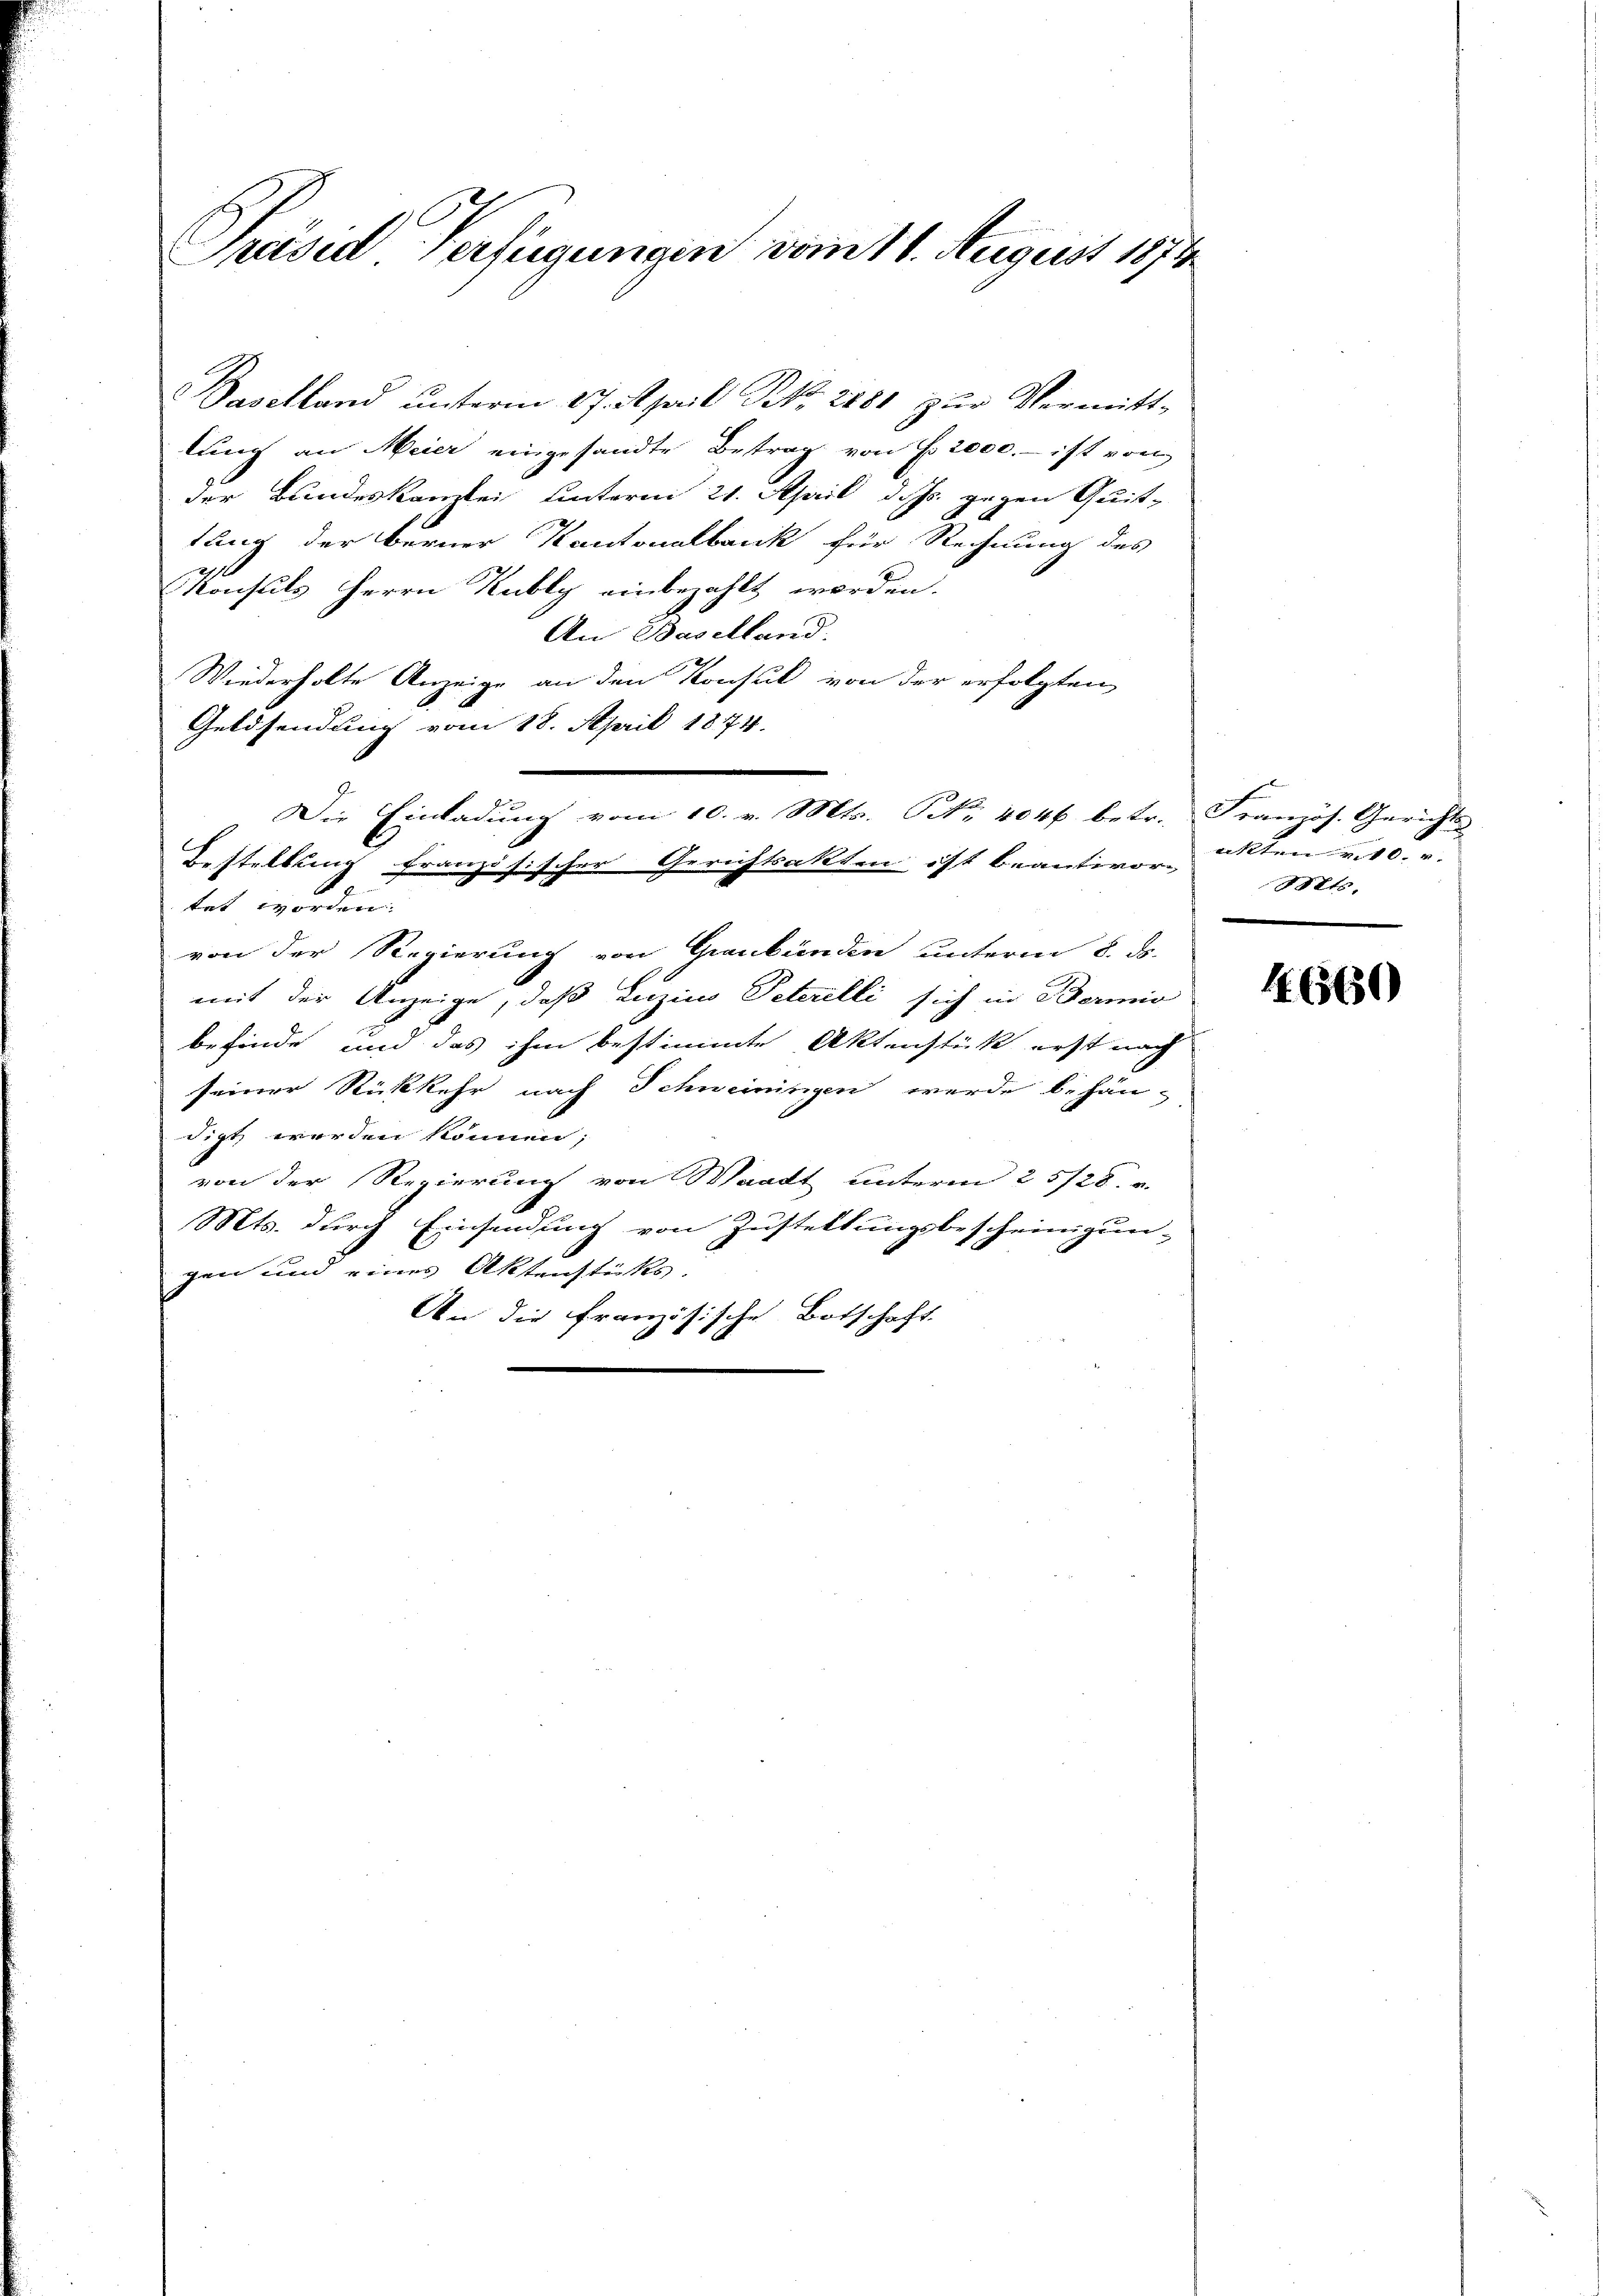
Präses Verfügungen vom 11. August 1874

Baselland ŭnterm 27. April Nr. 2881 zŭr Vermitt-
lung an Meier eingesandte Betrag von f 2000.- ist von
der Bundeskanzlei unterm 21. April d. Js. gegen Quit-
tung der berner Kantonalbank für Rechnung des
Konsuls Herrn Kubly einbezahlt worden.
An Baselland.
Wiederholte Anzeige an den Konsul von der erfolgten
Geldsendung vom 18. April 1874.
Bestellung französischer Gerichtsakten ist beantiver Akten v. 10. r.
tet worden:
von der Regierung von Graubünden unterm 8. ds.
mit der Anzeige, daß Inzino Peterelli sich in Bermis
befinde und das ihm bestimmte Aktenstück erst nach
seiner Rückkehr nach Schweiningen werde behän-
digt werden können;
von der Regierung von Waadt unterm 25/28. v.
Mts. durch Einsendung von Zustellungsbescheinigun-
gen und eines Aktenstücks.
An die Französische Botschaft
i

Die Einladung vom 10. v. Mts. No. 4046 betr. Französ. Gerichts

Mts.

6560